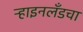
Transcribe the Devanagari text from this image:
ऱ्हाइनलँडचा